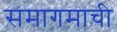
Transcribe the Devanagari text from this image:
समागमाची